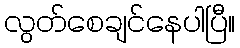
လွတ်စေချင်နေပါပြီ။